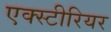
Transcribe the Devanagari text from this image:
एक्स्टीरियर